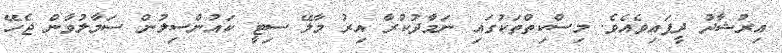
އިރުޝާދު ދީފައިވެއެވެ. މިސްކިތްތަކުގައި ނަމާދުކުރާ އިރު މާލޭ ސިޓީ ކައުންސިލުން ސަމާލުވާން ޖެހޭ